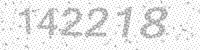
Solution: 142218